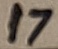
Text: 17